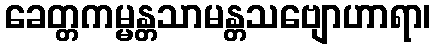
ခေတ္တကမ္မန္တသာမန္တသဗျောဟာရာ၊